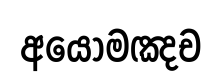
අයොමඤච